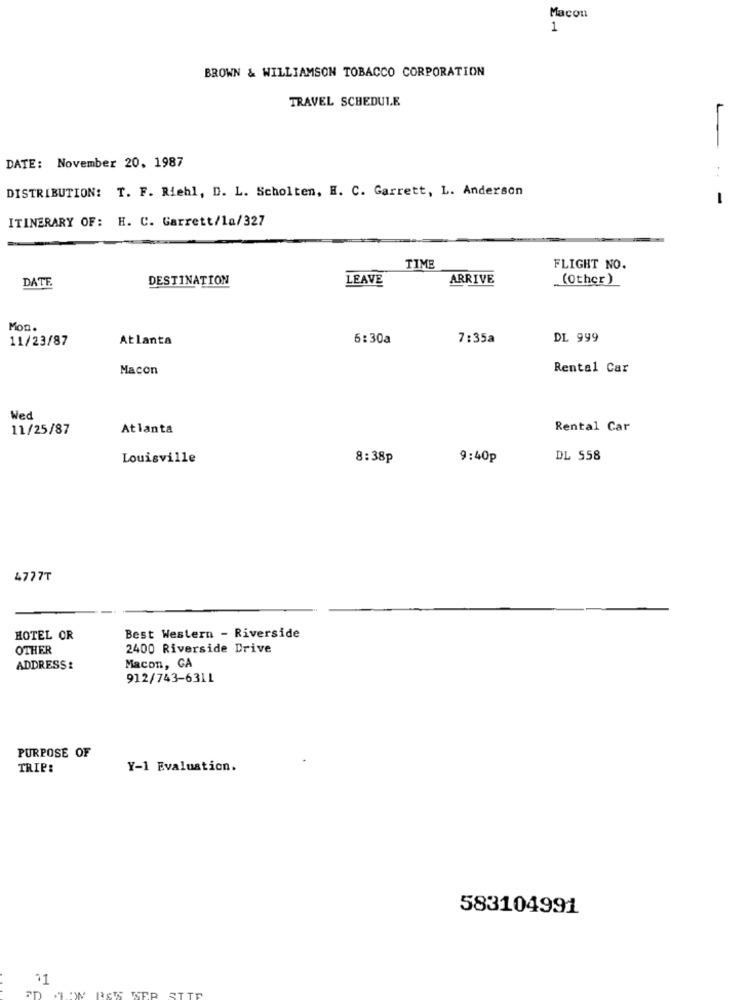
Macon
1
BROWN & WILLIAMSON TOBACCO CORPORATION
TRAVEL SCHEDULE
DATE: November 20, 1987
DISTRIBUTION: T. F. Riehl, D. L. Scholten, H. C. Garrett, L. Anderson
-
ITINERARY OF: H. C. Garrett/1a/327
TIME
FLIGHT NO.
DESTINATION
LEAVE
ARRIVE
.(Other)
DATE
Mon.
11/23/87
Atlanta
6:30a
7:35a
DL 999
Macon
Rental Car
Wed
11/25/87
Atlanta
Rental Car
Louisville
8:38p
9:40p
DL 558
4777T
HOTEL OR
Best Western - Riverside
OTHER
2400 Riverside Drive
ADDRESS:
Macon, CA
912/743-6311
PURPOSE OF
TRIP:
Y-1 Evaluation.
583104991
ST